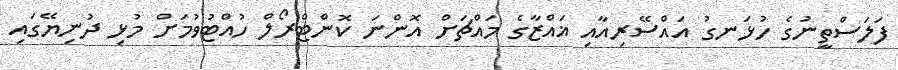
ފަލަސްތީނުގެ ހުޅަނގު އައްސޭރިއާއި ޣައްޒާގެ މައްޗަށް އޮންނަ ކޮންޓްރޯލް ހުއްޓުވުމަށް މުޅި ދުނިޔޭގައި